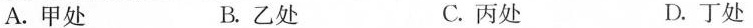
A.甲处 B.乙处 C.丙处 D.丁处